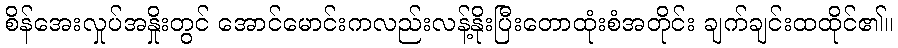
စိန်အေးလှုပ်အနှိုးတွင် အောင်မောင်းကလည်းလန့်နိုးပြီးတောထုံးစံအတိုင်း ချက်ချင်းထထိုင်၏။